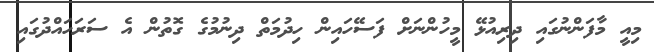
މިއީ މާފަންނުގައި ދިރިއުޅޭ މީހުންނަށް ފަސޭހައިން ހިދުމަތް ދިނުމުގެ ގޮތުން އެ ސަރަހައްދުގައި